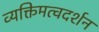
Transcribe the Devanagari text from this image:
व्यक्तिमत्वदर्शन